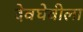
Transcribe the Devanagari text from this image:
देवघेवीला